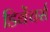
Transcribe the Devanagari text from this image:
डिबेंचर्स